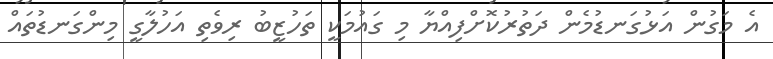
އެ މަގުން އަޅުގަނޑުމެން ދަތުރުކޮށްފިއްޔާ މި ގައުމަކީ ތަހުޒީބު ރިވެތި އަހުލާގީ މިންގަނޑުތައް